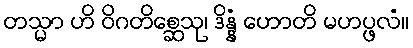
တသ္မာ ဟိ ဝိဂတိစ္ဆေသု၊ ဒိန္နံ ဟောတိ မဟပ္ဖလံ။